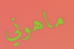
ماهوني